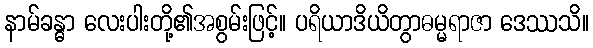
နာမ်ခန္ဓာ လေးပါးတို့၏အစွမ်းဖြင့်။ ပရိယာဒိယိတွာဓမ္မရာဇာ ဒေဿသိ။